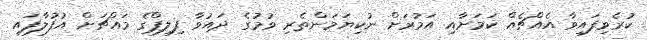
ކުރެވިފައިވާ އެއްޗެއް ކަމަށާއި އަމުރަށް ނުކިޔަމަންތެރި ވުމުގެ ދައުވާ ފިލިޕްގެ މައްޗަށް އުފުލާފައި